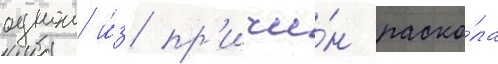
однои и́з пр'ичи́н раско́ла